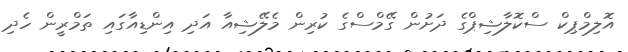
އޮލިމްޕިކް ސްކޮލާޝިޕްގެ ދަށުން ގޭމްސްގެ ކުރިން މެލޭޝިއާ އަދި އިންޑިއާގައި ތަމްރީން ހެދި